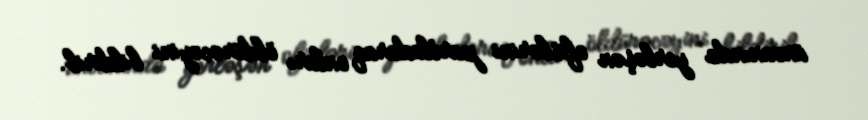
ünvanında yerləşən ofislərini partladaraq onları öldürəcəyini bildirib.